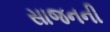
સાજનની